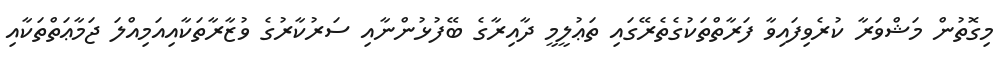
މިގޮތުން މަޝްވަރާ ކުރެވިފައިވާ ފަރާތްތަކުގެތެރޭގައި ތަޢުލީމީ ދާއިރާގެ ބޭފުޅުންނާއި ސަރުކާރުގެ ވުޒާރާތަކާއިއަމިއްލަ ޖަމާޢަތްތަކާއި